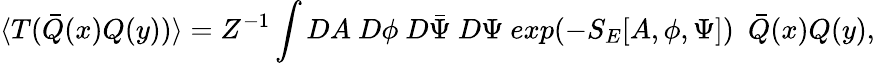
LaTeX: \langle T(\bar{Q}(x)Q(y))\rangle=Z^{-1}\int DA~D\phi~D\bar{\Psi}~D\Psi~exp(-S_{E}[A,\phi,\Psi])~~\bar{Q}(x)Q(y),